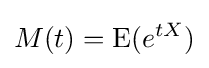
M(t)=\operatorname {E} (e^{tX})